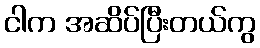
ငါက အဆိပ်ပြီးတယ်ကွ